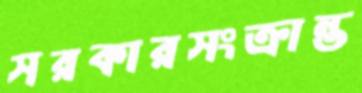
সরকারসংক্রান্ত